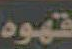
قهوه